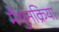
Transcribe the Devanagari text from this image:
मैथुनक्रिया